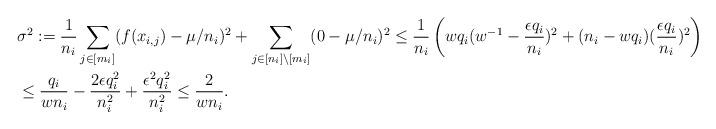
LaTeX: \begin{align*}&\sigma^2:= \frac{1}{n_i} \sum_{j\in [m_i]} (f(x_{i,j})- \mu/n_i )^2 + \sum_{j\in [n_i]\setminus [m_i]} ( 0 -\mu/n_i)^2 \leq \frac{1}{n_i} \left(w q_i( w^{-1}- \frac{\epsilon q_i}{n_i})^2 + ( n_i- w q_i)( \frac{\epsilon q_i}{n_i})^2 \right) \\&\leq \frac{q_i }{w n_i} - \frac{2\epsilon q_i^2}{n_i^2} + \frac{\epsilon^2 q_i^2}{n_i^2} \leq \frac{2}{w n_i}.\end{align*}